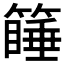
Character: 𰪚